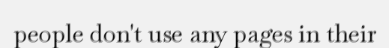
people don't use any pages in their